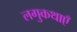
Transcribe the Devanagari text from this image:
लगुकथाएँ